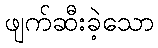
ဖျက်ဆီးခဲ့သော